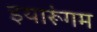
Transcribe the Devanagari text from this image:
इयारूंगम